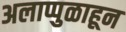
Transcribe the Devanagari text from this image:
अलाप्पुळाहून